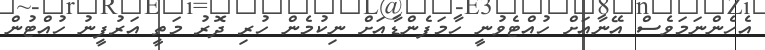
އެހެންނަމަވެސް އޭނާއަށް ހުއްޓެވުނީ ހާމަފެންޑާއަށް ނިކުމެން ހުރި ދޮރު މަތީ އަރުފީނު ހުއްޓުން